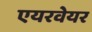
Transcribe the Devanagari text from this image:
एयरवेयर